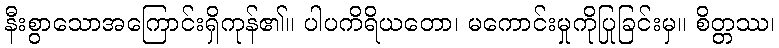
နီးစွာသောအကြောင်းရှိကုန်၏။ ပါပကိရိယတော၊ မကောင်းမှုကိုပြုခြင်းမှ။ စိတ္တဿ၊